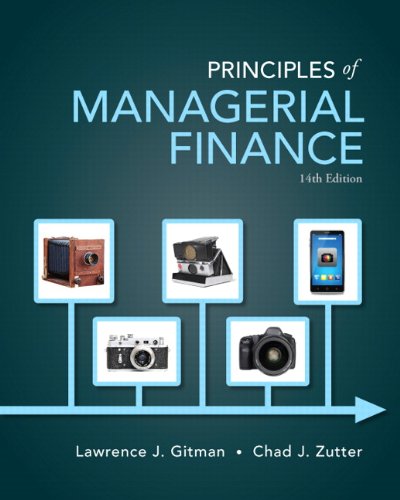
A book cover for Principles of Managerial Finance (14th Edition) (Pearson Series in Finance); Lawrence J. Gitman; Business & Money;